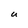
Character: U